Reports on dispensaries and lunatic asylums in the Province of Oudh - 1869-1876
Year: 1869
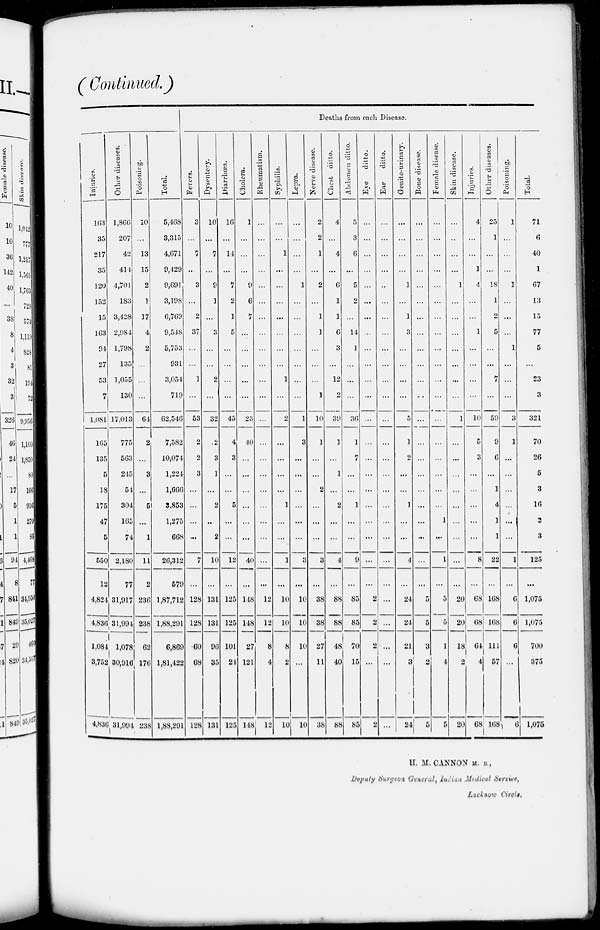
( Continued.)
Deaths from each Disease.
Injuries.
163
35
217
35
120
152
15
163
94
27
53
7
1,081
165
135
5
18
175
47
5
550
12
4,824
4,836
1,084
3,752
4,836
Other diseases.
1,866
207
42
414
4,701
183
3,428
2,984
1,798
135
1,055
130
17,013
775
563
245
54
304
165
74
2,180
77
31,917
31,994
1,078
30,916
31,994
Poisoning.
10
...
13
15
2
1
17
4
2
...
...
...
64
2
...
3
...
5
...
1
11
2
236
238
62
176
238
Total.
5,468
3,315
4,071
9,429
9,691
3,198
6,769
9,548
5,753
931
3,054
719
62,546
7,582
10,074
1,224
1,666
3,853
1,275
668
26,312
579
1,87,712
1,88,291
6,869
1,81,422
1,88,291
Fevers.
3
...
7
...
3
...
2
37
...
...
1
...
53
2
2
3
...
...
...
...
7
...
128
128
60
68
128
Dysentery.
10
...
7
...
9
1
...
3
...
...
2
...
32
2
3
1
...
2
...
2
10
...
131
131
96
35
131
Diarrhœa.
16
...
14
...
7
2
1
5
...
...
...
...
45
4
3
...
...
5
...
...
12
...
125
125
101
24
125
Cholera.
1
...
...
...
9
6
7
...
...
...
...
...
23
40
...
...
...
...
...
...
40
...
148
148
27
121
148
Rheumatism.
...
...
...
...
...
...
...
...
...
...
...
...
...
...
...
...
...
...
...
...
...
...
12
12
8
4
12
Syphilis.
...
...
1
...
...
...
...
...
...
...
1
...
2
...
...
...
...
1
...
...
1
...
10
10
8
2
10
Lepra.
...
...
...
...
1
...
...
...
...
...
...
...
1
3
...
...
...
...
...
...
3
...
10
10
10
...
10
Nerve disease.
2
2
1
...
2
...
1
1
...
...
...
]
10
1
...
...
2
...
...
...
3
...
38
38
27
11
38
Chest ditto.
4
...
4
...
6
1
1
6
3
...
12
2
39
1
...
1
...
2
...
...
4
...
88
88
48
40
88
Abdomen ditto.
5
3
6
...
5
2
...
14
1
...
...
...
36
1
7
...
...
1
...
...
9
...
85
85
70
15
85
Eye
ditto.
...
...
...
...
...
...
...
...
...
...
...
...
...
...
...
...
...
...
...
...
...
2
2
2
...
2
Ear
ditto.
...
...
...
...
...
...
...
...
...
...
...
...
...
...
...
...
...
...
...
...
...
...
...
...
...
...
...
Genito-urinary.
...
...
...
...
1
...
1
3
...
...
...
...
5
1
2
...
...
1
...
...
4
...
24
24
21
3
24
Bone disease.
...
...
...
...
...
...
...
...
...
...
...
...
...
...
...
...
...
...
...
...
...
...
5
5
3
2
5
Female disease.
...
...
...
...
...
...
...
...
...
...
...
...
...
...
...
...
...
...
1
...
1
...
5
5
1
4
5
Skin disease.
...
...
...
...
1
...
...
...
...
...
...
...
1
...
...
...
...
...
...
...
...
...
20
20
18
2
20
Injuries.
4
...
...
1
4
...
...
1
...
...
...
...
10
5
3
...
...
...
...
...
8
...
68
68
64
4
68
Other diseases.
25
1
...
...
18
1
2
5
...
...
7
...
59
9
6
...
1
4
1
1
22
...
168
168
111
57
168
Poisoning.
1
...
...
...
1
...
...
...
1
...
...
...
3
1
...
...
...
...
...
...
1
...
6
6
6
...
6
Total.
71
6
40
1
67
13
15
77
5
...
23
3
321
70
26
5
3
16
2
3
125
...
1,075
1,075
700
375
1,075
H. M. CANNON M. B.,
Deputy Surgeon General, Indian Medical Service,
Lucknow Circle.